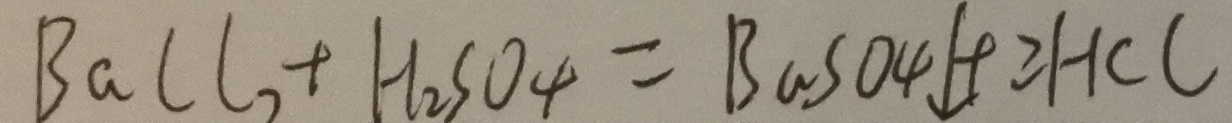
B a C l _ { 2 } + H _ { 2 } S O _ { 4 } = B a S O _ { 4 } \downarrow + \geq H C C